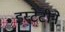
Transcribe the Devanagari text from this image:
इस्टेटीने